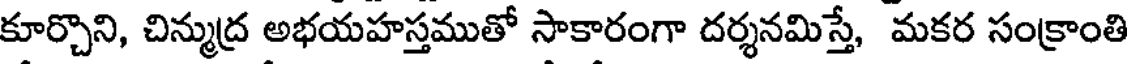
కూర్చొని, చిన్ముద్ర అభయహస్తముతో సాకారంగా దర్శనమిస్తే, మకర సంక్రాంతి